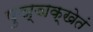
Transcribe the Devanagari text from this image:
पुञ्ञक्खेतं